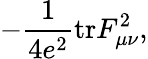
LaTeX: -\frac{1}{4e^{2}}\mathrm{tr}F_{\mu\nu}^{2},